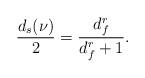
LaTeX: \begin{align*} \frac{ d_s(\nu)}{2} = \frac{d_f^r}{d_f^r+1}.\end{align*}